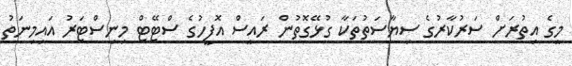
މީގެ އިތުރަށް ސަރުކާރުގެ ސިޔާސަތުތަކާ ގުޅޭގޮތުން ރައީސް އޮފީހުގެ ސްޓޭޓް މިނިސްޓަރު އައިމިނަތު